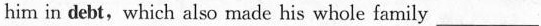
him in debt,which also made his whole family ___